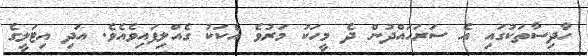
ހާދިސާތަކުގައި އެ ސަރަހައްދުން ދެ މީހަކު މަރުވެ އެކަކު ގެއްލިފައިވެއެވެ. އަދި އިޓަލީގެ